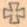
+